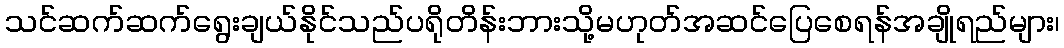
သင်ဆက်ဆက်ရွေးချယ်နိုင်သည်ပရိုတိန်းဘားသို့မဟုတ်အဆင်ပြေစေရန်အချိုရည်များ၊